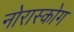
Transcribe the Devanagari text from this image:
नोरास्कोग